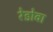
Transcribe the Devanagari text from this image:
रेडोवा